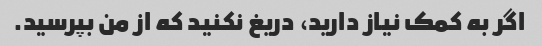
اگر به کمک نیاز دارید، دریغ نکنید که از من بپرسید.